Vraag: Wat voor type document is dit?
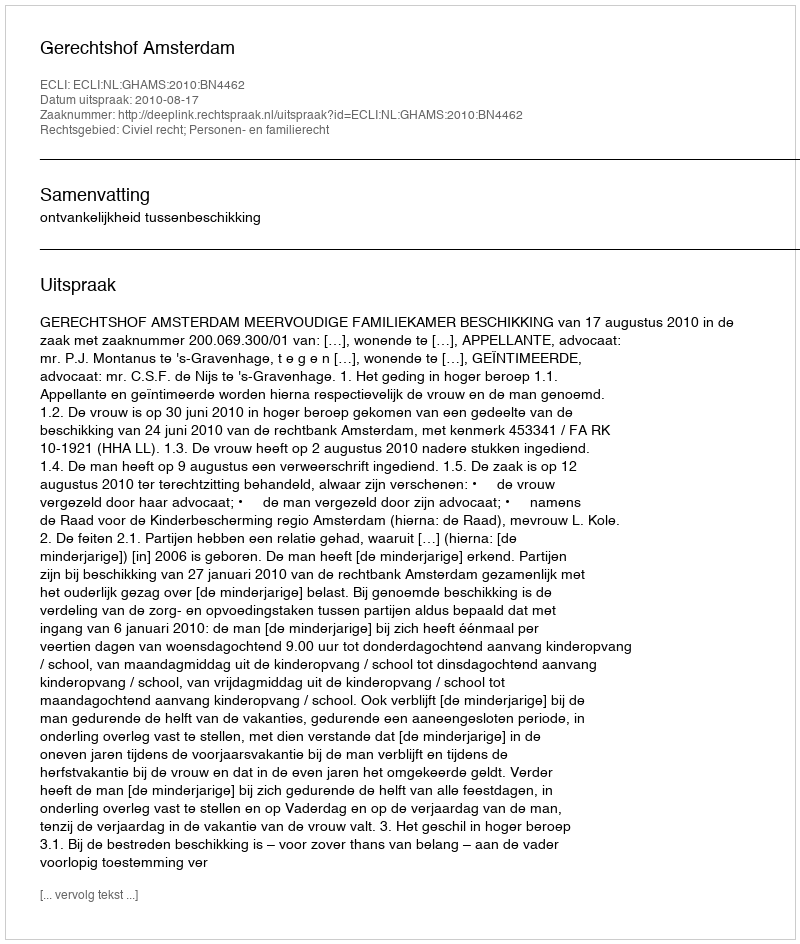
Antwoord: Uitspraak